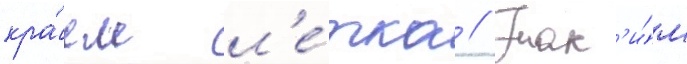
кра́ем л'е́тка // Так'и́м